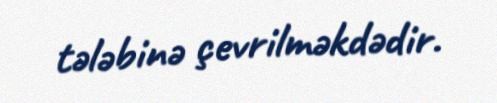
tələbinə çevrilməkdədir.